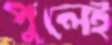
পুলেই